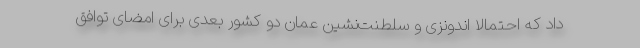
داد که احتمالا اندونزی و سلطنت‌نشین عمان دو کشور بعدی برای امضای توافق